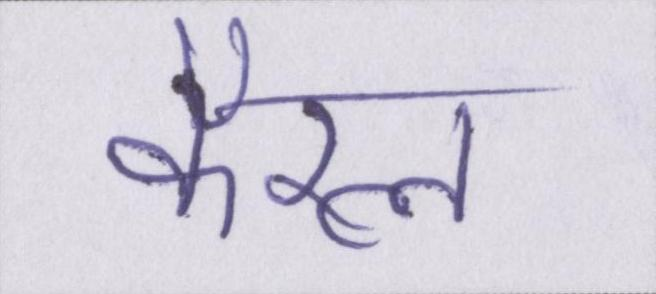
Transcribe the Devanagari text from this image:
कैरल